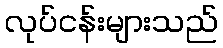
လုပ်ငန်းများသည်